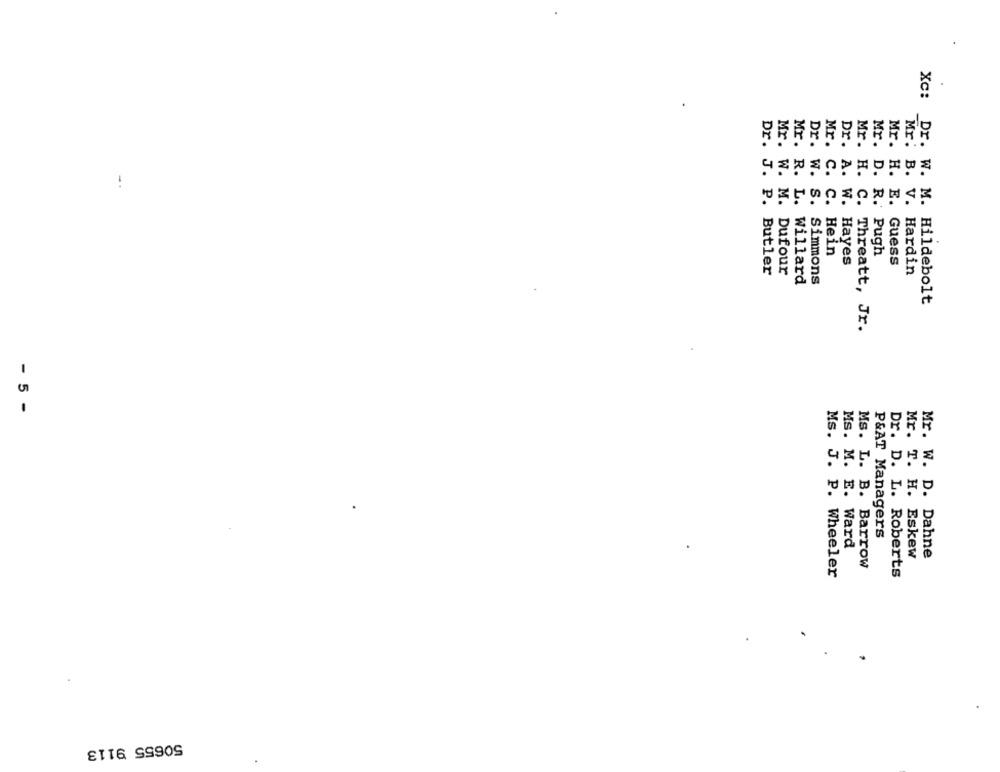
XC:
Mr.
Mr.
Dr.
Mr.
Dr.
Mr.
Mr.
w.
R.
c.
H.
S.
C.
A. W.
C.
W. M.
L.
D. R.
Mr. H. E.
Mr. B. V.
Hein
Pugh
Hayes
Guess
Dufour
Dr. J. P. Butler
Simmons
Hardin
Willard
Dr. W. M. Hildebolt
Threatt, Jr.
- 5 -
P&AT Managers
Ms. M. E. Ward
Mr. T. H. Eskew
Mr. W. D. Dahne
Ms. L. B. Barrow
Ms. J. P. Wheeler
Dr. D. L. Roberts
50655 9113